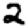
Digit: 2